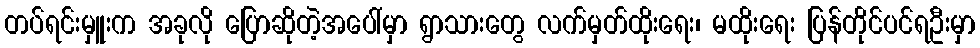
တပ်ရင်းမှူးက အခုလို ပြောဆိုတဲ့အပေါ်မှာ ရွာသားတွေ လက်မှတ်ထိုးရေး၊ မထိုးရေး ပြန်တိုင်ပင်ရဦးမှာ